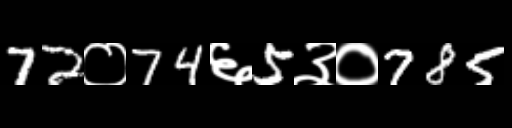
Text: 72०74६5३०785